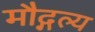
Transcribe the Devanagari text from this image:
मौद्गल्य